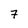
Character: 7